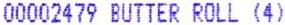
00002479 BUTTER ROLL (4)